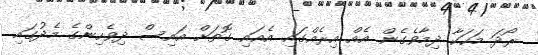
ރޯދަ މަހަކާ ދިމާވެގެން އެއް އިރެއްގައި އެއައި ގޮތަށް އައިސް ދިވެހިންގެ މެދުގައި